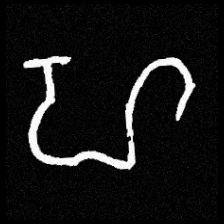
Pyu character \u2014 Myanmar letter: ဟ (romanized: ha)